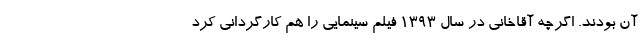
آن بودند. اگرچه آقاخانی در سال 1393 فیلم سینمایی را هم کارگردانی کرد